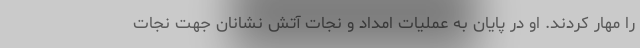
را مهار کردند. او در پایان به عملیات امداد و نجات آتش نشانان جهت نجات